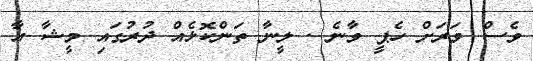
ވެސް ވަރަށް ހެޕީ ވާނެ . ލީނާ ތަންކޮޅެއް ދުރުގައި މީޝާ އާ